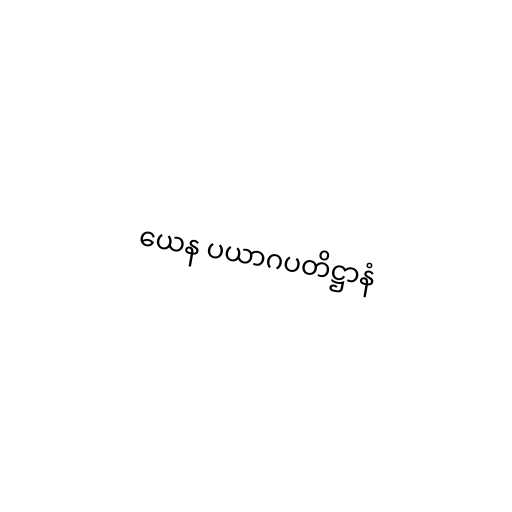
ယေန ပယာဂပတိဋ္ဌာနံ